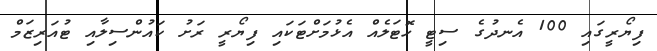
ފިޔޯރީގައި 100 އެނދުގެ ސިޓީ ހޮޓަލެއް އެޅުމަށްޓަކައި ފިޔޯރީ ރަށު ކައުންސިލާއި ޓުއަރިޒަމް